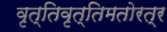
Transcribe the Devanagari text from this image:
वृत्तिवृत्तिमतोरत्र